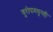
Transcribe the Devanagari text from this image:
युरोपमधूनही